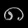
Digit: ၈